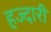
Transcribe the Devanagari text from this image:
हज्दारी